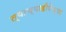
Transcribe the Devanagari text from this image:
त्याच्याहीपेक्षा